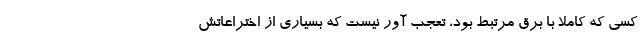
کسی که کاملاً با برق مرتبط بود، تعجب آور نیست که بسیاری از اختراعاتش